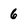
Character: 6